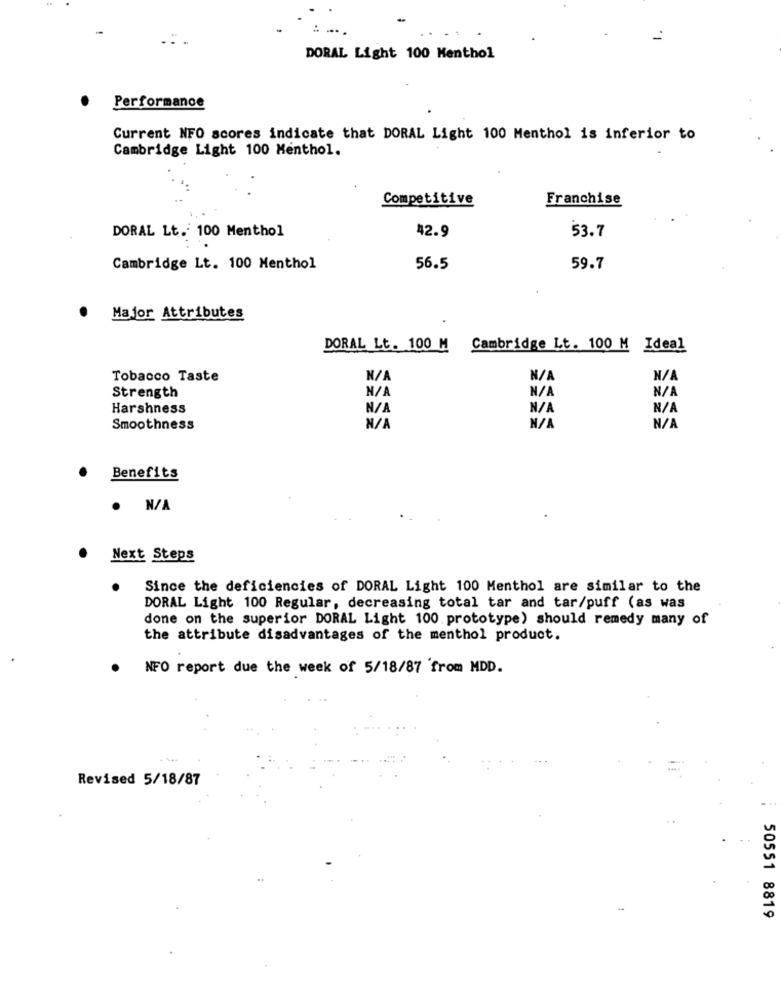
DORAL Light 100 Menthol
Performance
Current NFO scores indicate that DORAL Light 100 Menthol is inferior to
Cambridge Light 100 Menthol.
Competitive
Franchise
DORAL Lt. 100 Menthol
42.9
53.7
Cambridge Lt. 100 Menthol
56.5
59.7
Major Attributes
DORAL Lt. 100 M
Cambridge Lt. 100 M Ideal
Tobacco Taste
Strength
Harshness
Smoothness
Benefits
. N/A
Next Steps
Since the deficiencies of DORAL Light 100 Menthol are similar to the
DORAL Light 100 Regular, decreasing total tar and tar/puff (as was
done on the superior DORAL Light 100 prototype) should remedy many of
the attribute disadvantages of the menthol product.
NFO report due the week of 5/18/87 from MDD.
Revised 5/18/87
50551 8819